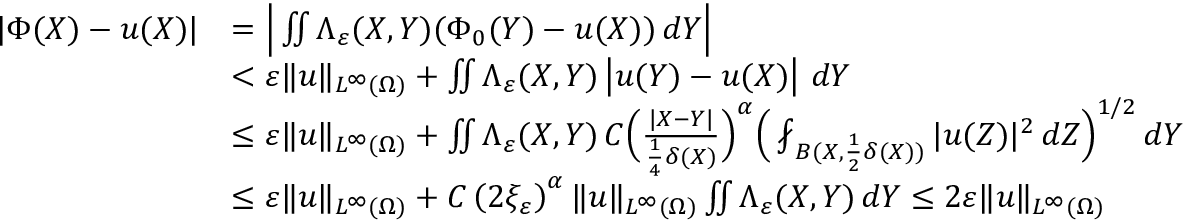
\begin{array} { r l } { | \Phi ( X ) - u ( X ) | } & { = \Big | \iint \Lambda _ { \varepsilon } ( X , Y ) ( \Phi _ { 0 } ( Y ) - u ( X ) ) \, d Y \Big | } \\ & { < \varepsilon \| u \| _ { L ^ { \infty } ( \Omega ) } + \iint \Lambda _ { \varepsilon } ( X , Y ) \left| u ( Y ) - u ( X ) \right| \, d Y } \\ & { \le \varepsilon \| u \| _ { L ^ { \infty } ( \Omega ) } + \iint \Lambda _ { \varepsilon } ( X , Y ) \, C \Big ( \frac { | X - Y | } { \frac { 1 } { 4 } \delta ( X ) } \Big ) ^ { \alpha } \Big ( \fint _ { B ( X , \frac { 1 } { 2 } \delta ( X ) ) } | u ( Z ) | ^ { 2 } \, d Z \Big ) ^ { 1 / 2 } \, d Y } \\ & { \le \varepsilon \| u \| _ { L ^ { \infty } ( \Omega ) } + C \left( 2 \xi _ { \varepsilon } \right) ^ { \alpha } \| u \| _ { L ^ { \infty } ( \Omega ) } \iint \Lambda _ { \varepsilon } ( X , Y ) \, d Y \le 2 \varepsilon \| u \| _ { L ^ { \infty } ( \Omega ) } } \end{array}